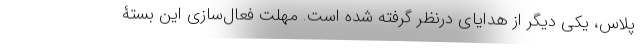
پلاس، یکی دیگر از هدایای درنظر گرفته شده است. مهلت فعال‌سازی این بستۀ